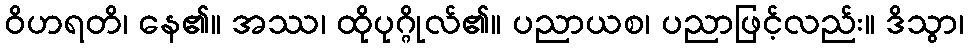
ဝိဟရတိ၊ နေ၏။ အဿ၊ ထိုပုဂ္ဂိုလ်၏။ ပညာယစ၊ ပညာဖြင့်လည်း။ ဒိသွာ၊